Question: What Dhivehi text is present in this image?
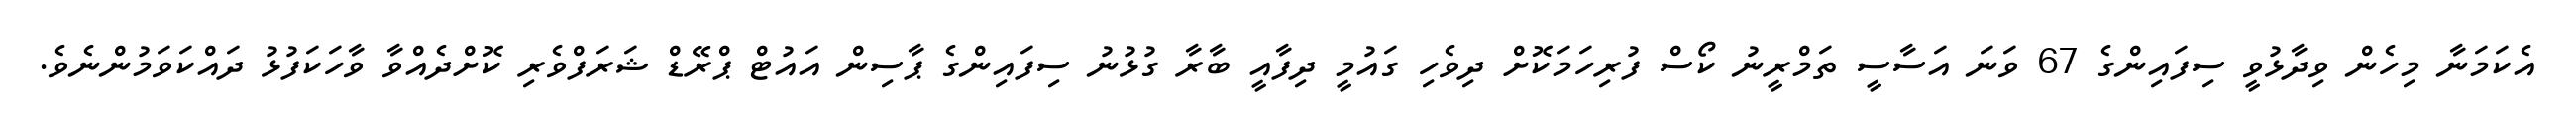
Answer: އެކަމަނާ މިހެން ވިދާޅުވީ ސިފައިންގެ 67 ވަނަ އަސާސީ ތަމްރީނު ކޯސް ފުރިހަމަކޮށް ދިވެހި ގައުމީ ދިފާއީ ބާރާ ގުޅުނު ސިފައިންގެ ޕާސިން އައުޓް ޕްރޭޑް ޝަރަފްވެރި ކޮށްދެއްވާ ވާހަކަފުޅު ދައްކަވަމުންނެވެ.